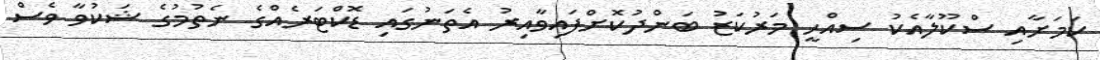
ކަމަށާއި ސްކޫލާއެކު ސިއްހީ މަރުކަޒު ބަންދުކޮށްފައިވާއިރު އެތަނުގައި ޑޮކްޓަރެއްގެ ނެތުމުގެ ޝަކުވާ ވެސް